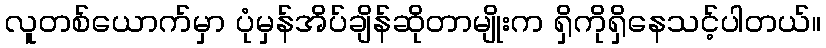
လူတစ်ယောက်မှာ ပုံမှန်အိပ်ချိန်ဆိုတာမျိုးက ရှိကိုရှိနေသင့်ပါတယ်။